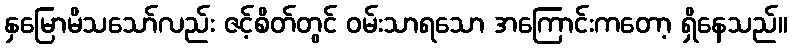
နှမြောမိသသော်လည်း ဇင့်စိတ်တွင် ဝမ်းသာရသော အကြောင်းကတော့ ရှိနေသည်။